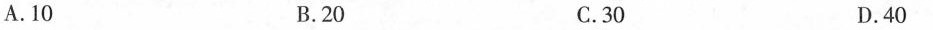
A.10 B.20 C.30 D.40